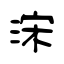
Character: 浨